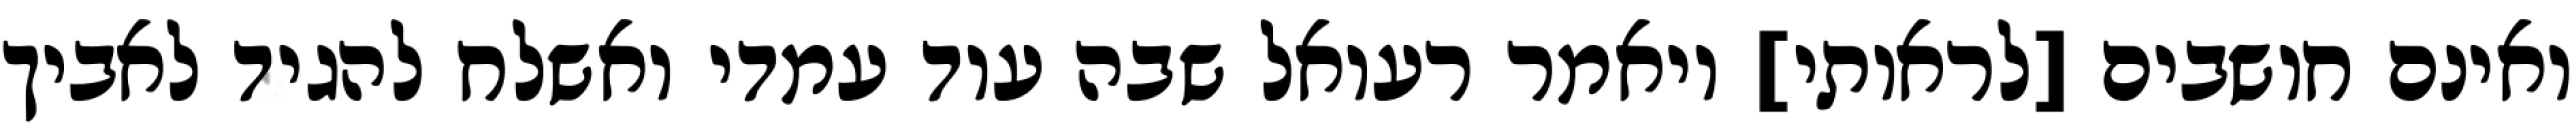
ואינם חושבים [לראותי] ויאמר רעואל שבה עוד עמדי ואשלח להגיד לאביך